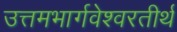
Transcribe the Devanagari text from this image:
उत्तमभार्गवेश्वरतीर्थ